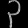
Digit: ၃